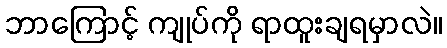
ဘာကြောင့် ကျုပ်ကို ရာထူးချရမှာလဲ။